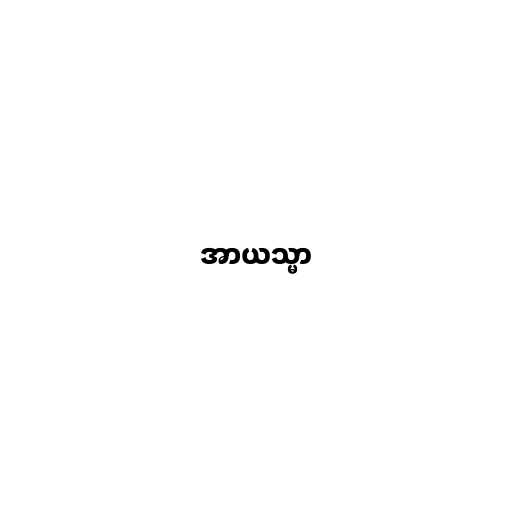
အာယသ္မာ